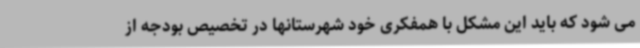
می شود که باید این مشکل با همفکری خود شهرستانها در تخصیص بودجه از